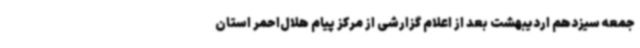
جمعه سیزدهم اردیبهشت بعد از اعلام گزارشی از مرکز پیام هلال‌احمر استان